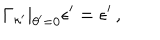
\Gamma _ { \kappa ^ { \prime } } | _ { \theta ^ { \prime } = 0 } \epsilon ^ { \prime } = \epsilon ^ { \prime } \, ,